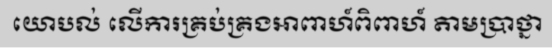
យោបល់ លើការគ្រប់គ្រងអាពាហ៍ពិពាហ៍ តាមប្រាថ្នា